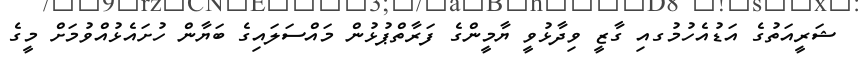
ޝަރީއަތުގެ އަޑުއެހުމުގއި ގާޒީ ވިދާޅުވީ ޔާމީންގެ ފަރާތްޕުޅުން މައްސަލައިގެ ބަޔާން ހުށައެޅުއްވުމަށް މީގެ